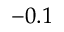
- 0 . 1